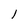
Character: l